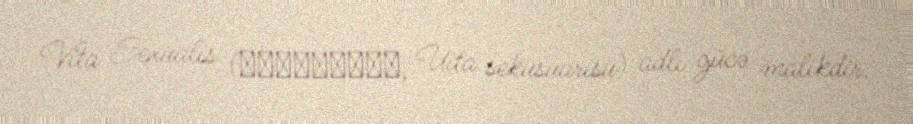
Vita Sexualis (ヰタ・セクスアリス, Uita sekusuarisu) adlı gücə malikdir.